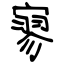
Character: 寥